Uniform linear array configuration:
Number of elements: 32
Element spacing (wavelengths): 0.5
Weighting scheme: blackman
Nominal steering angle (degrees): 45
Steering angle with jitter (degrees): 46.859
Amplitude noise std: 0.05
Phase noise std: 0.05

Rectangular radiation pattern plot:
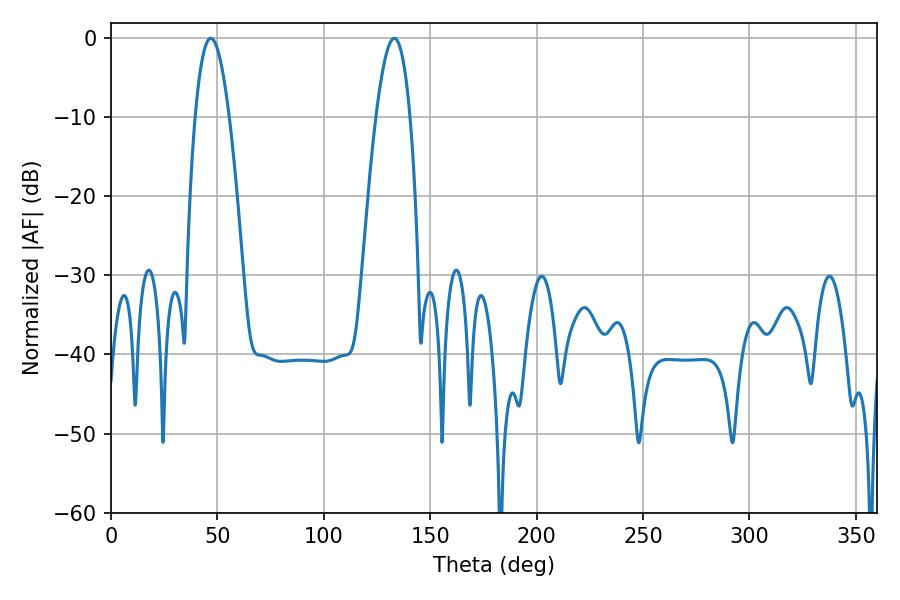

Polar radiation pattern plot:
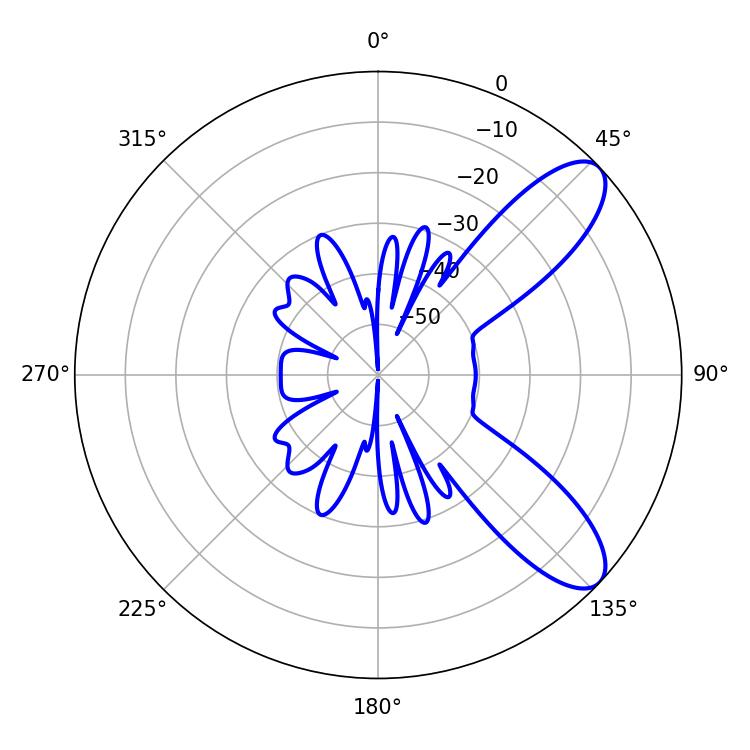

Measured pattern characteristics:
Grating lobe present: FALSE
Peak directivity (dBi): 9.177
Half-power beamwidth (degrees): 8.82
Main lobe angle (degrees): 46.8